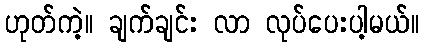
ဟုတ်ကဲ့။ ချက်ချင်း လာ လုပ်ပေးပါ့မယ်။